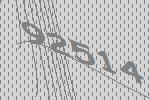
92514